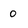
Character: 0